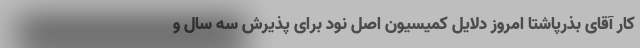
کار آقای بذرپاشتا امروز دلایل کمیسیون اصل نود برای پذیرش سه سال و